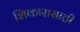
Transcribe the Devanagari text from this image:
शिकारासाठी